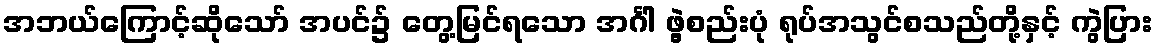
အဘယ်ကြောင့်ဆိုသော် အပင်၌ တွေ့မြင်ရသော အင်္ဂါ ဖွဲ့စည်းပုံ ရုပ်အသွင်စသည်တို့နှင့် ကွဲပြား